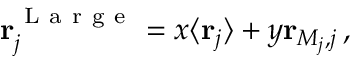
\mathbf { r } _ { j } ^ { \mathrm { ~ L ~ a ~ r ~ g ~ e ~ } } = x \langle \mathbf { r } _ { j } \rangle + y \mathbf { r } _ { M _ { j } , j } \, ,